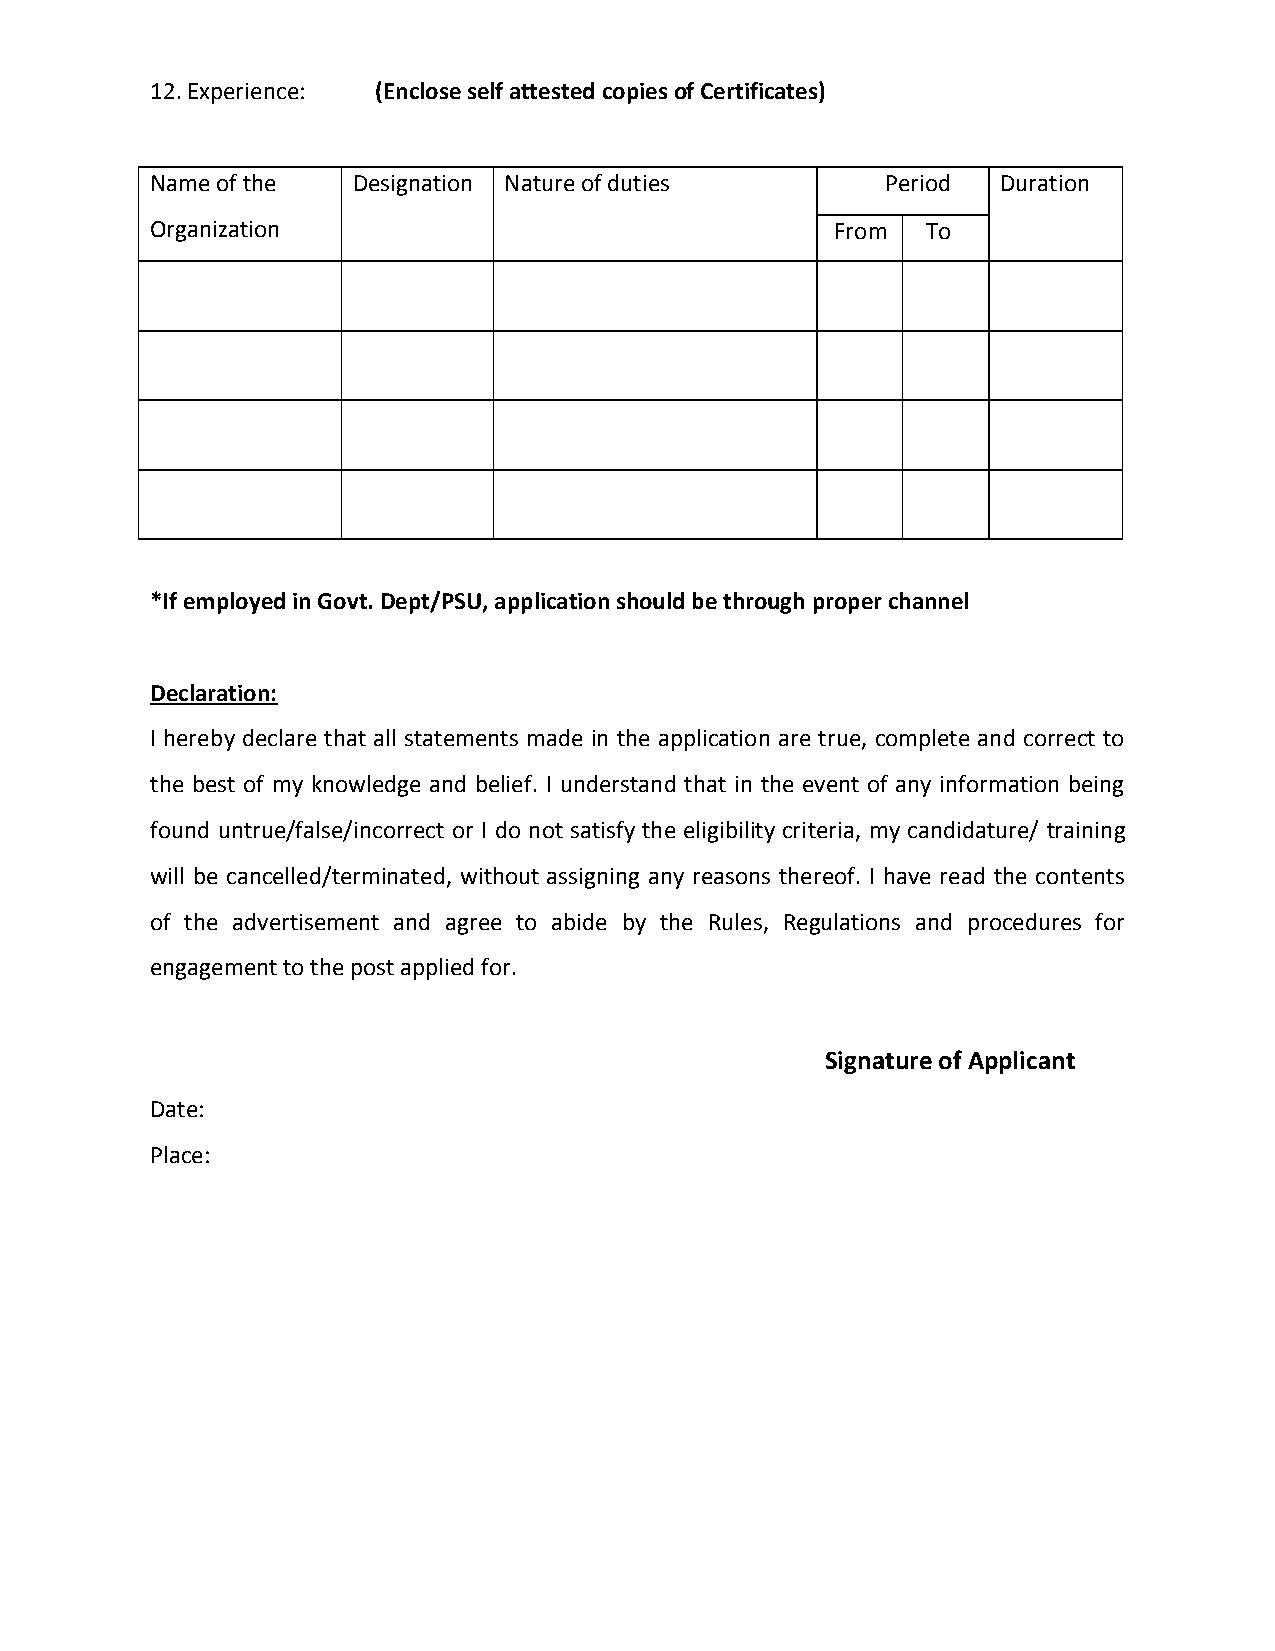
12. Experience: (Enclose self attested copies of Certificates)
 Name of the  Designation Nature of duties        Period Duration
 Organization                                 From  To
 *If employed in Govt. Dept/PSU, application should be through proper channel
 Declaration:
 I hereby declare that all statements made in the application are true, complete and correct to
 the best of my knowledge and belief. I understand that in the event of any information being
 found untrue/false/incorrect or I do not satisfy the eligibility criteria, my candidature/ training
 will be cancelled/terminated, without assigning any reasons thereof. I have read the contents
 of the advertisement and agree to abide by the Rules, Regulations and procedures for
 engagement to the post applied for.
 Signature of Applicant
 Date:
 Place: